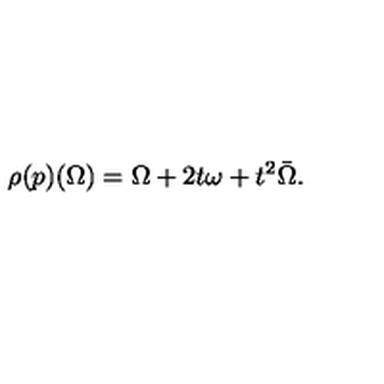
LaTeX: \rho ( p ) ( \Omega ) = \Omega + 2 t \omega + t ^ { 2 } \bar { \Omega } .